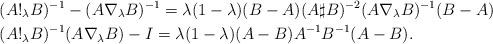
LaTeX: \begin{align*}&(A!_\lambda B)^{-1}-(A\nabla_\lambda B)^{-1}=\lambda(1-\lambda)(B-A)(A\sharp B)^{-2}(A\nabla_\lambda B)^{-1}(B-A)\\& (A!_\lambda B)^{-1}(A\nabla_\lambda B)-I=\lambda(1-\lambda)(A-B)A^{-1}B^{-1}(A-B).\end{align*}